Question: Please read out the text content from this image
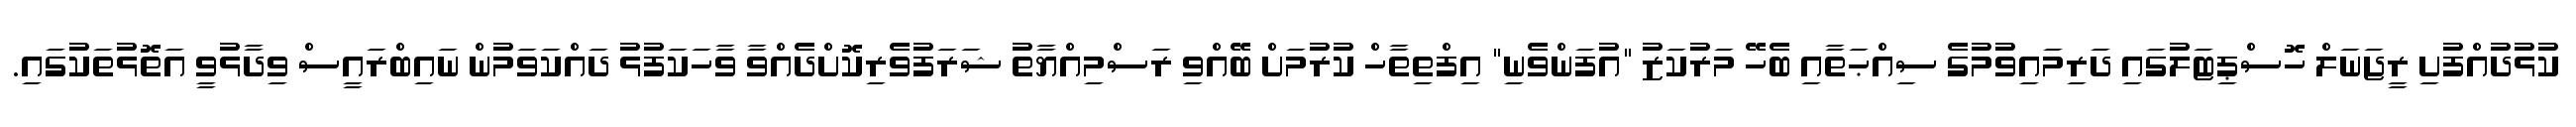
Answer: ކުޅުދުއްފުށި ރީޖަނަލް ހޮސްޕިޓަލުގައި ދަރިމައިވުމުގެ ސިއްޙަތާއި ބެހޭ މަރުކަޒު "އުފަންވެނި" އިފްތިތާހް ކުރުމަށް ބޭއްވި ރަސްމިއްޔާތު ޝަރަފުވެރިކޮށްދެއްވާ ވާހަކަފުޅު ދައްކަވަމުން ނައިބްރައީސް ވިދާޅުވީ އަތޮޅުތަކުގައި.